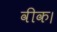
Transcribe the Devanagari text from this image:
वीक।